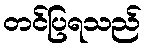
တင်ပြရသည်